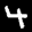
Label: 4